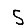
Digit: 5